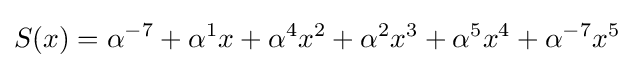
S(x)=\alpha ^{-7}+\alpha ^{1}x+\alpha ^{4}x^{2}+\alpha ^{2}x^{3}+\alpha ^{5}x^{4}+\alpha ^{-7}x^{5}